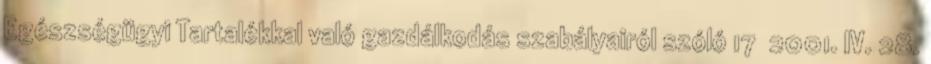
Egészségügyi Tartalékkal való gazdálkodás szabályairól szóló 17 2001. IV. 28.